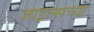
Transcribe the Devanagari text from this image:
जाइल्सच्या